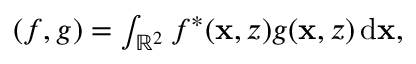
\begin{array} { r } { ( f , g ) = \int _ { \mathbb { R } ^ { 2 } } f ^ { * } ( \mathbf { x } , z ) g ( \mathbf { x } , z ) \, \mathrm { d } \mathbf { x } , } \end{array}